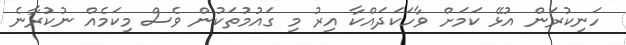
ހަނިކުރަން އުޅޭ ކަމަށް ވާހަކަދައްކާ އިރު މި ގައުމުތަކުން ވެސް މިކަމެއް ނުކުރާނެ